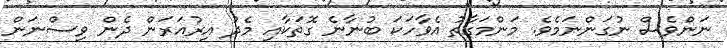
ނަންވެސް ނުގަންނަމެވެ. މަންމަގާތު އެވާހަކަ ބުނާނެ ގޮތަކާއި މެދު އިރުއަރަން ދެން ވިސްނަން